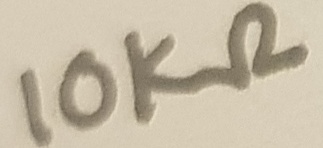
Text: 10KΩ